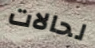
لحالات